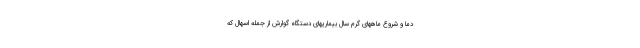
دما و شروع ماههای گرم سال بیماریهای دستگاه گوارش از جمله اسهال که